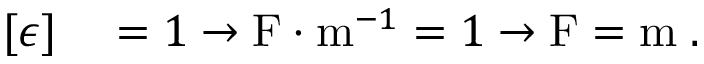
\begin{array} { r l } { [ \epsilon ] } & { { } = 1 \rightarrow \mathrm { F } \cdot \mathrm { m } ^ { - 1 } = 1 \rightarrow \mathrm { F } = \mathrm { m } \; . } \end{array}